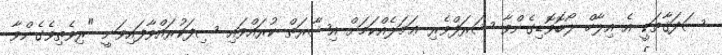
ޞަދަޤާތަކީ އެ އިލާހް ލޯބޮވޮޑިގެންވާ ޝަރަފްވެރި ޢަމަލެއްކަމަށް އިޝާރަތް ކުރައްވައި ސިފަކުރައްވާފައިވަނީ "ރިވެތިވެގެންވާ